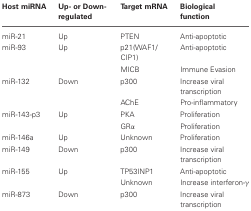
<table><thead><tr><td><b>Host miRNA</b></td><td><b>Up- or Down-regulated</b></td><td><b>Target mRNA</b></td><td><b>Biological function</b></td></tr></thead><tbody><tr><td>miR-21</td><td>Up</td><td>PTEN</td><td>Anti-apoptotic</td></tr><tr><td>miR-93</td><td>Up</td><td>p21(WAF1/CIP1)</td><td>Anti-apoptotic</td></tr><tr><td></td><td></td><td>MICB</td><td>Immune Evasion</td></tr><tr><td>miR-132</td><td>Down</td><td>p300</td><td>Increase viral transcription</td></tr><tr><td></td><td></td><td>AChE</td><td>Pro-inflammatory</td></tr><tr><td>miR-143-p3</td><td>Up</td><td>PKA</td><td>Proliferation</td></tr><tr><td></td><td></td><td>GRα</td><td>Proliferation</td></tr><tr><td>miR-146a</td><td>Up</td><td>Unknown</td><td>Proliferation</td></tr><tr><td>miR-149</td><td>Down</td><td>p300</td><td>Increase viral transcription</td></tr><tr><td>miR-155</td><td>Up</td><td>TP53INP1</td><td>Anti-apoptotic</td></tr><tr><td></td><td></td><td>Unknown</td><td>Increase interferon-γ</td></tr><tr><td>miR-873</td><td>Down</td><td>p300</td><td>Increase viral transcription</td></tr></tbody></table>